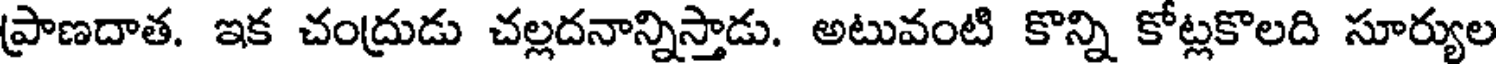
ప్రాణదాత. ఇక చంద్రుడు చల్లదనాన్నిస్తాడు. అటువంటి కొన్ని కోట్లకొలది సూర్యుల